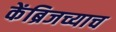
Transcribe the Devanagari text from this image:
केंब्रिजच्याच